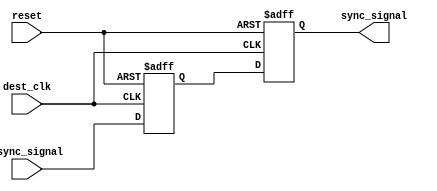
module dual_ff_synchronizer (
    input wire async_signal,   // Asynchronous input signal
    input wire dest_clk,       // Destination clock
    input wire reset,          // Optional reset signal
    output reg sync_signal      // Synchronized output signal
);

    // Internal signals for the two flip-flops
    reg ff1_out;               // Output of the first flip-flop

    // First flip-flop (FF1)
    always @(posedge dest_clk or posedge reset) begin
        if (reset) begin
            ff1_out <= 1'b0;   // Initialize FF1 output to 0 on reset
        end else begin
            ff1_out <= async_signal; // Sample async_signal on dest_clk
        end
    end

    // Second flip-flop (FF2)
    always @(posedge dest_clk or posedge reset) begin
        if (reset) begin
            sync_signal <= 1'b0; // Initialize sync_signal to 0 on reset
        end else begin
            sync_signal <= ff1_out; // Sample output of FF1 on dest_clk
        end
    end

endmodule